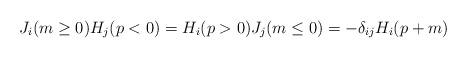
LaTeX: \begin{align*}J_i(m \ge 0) H_j(p<0) = H_i(p>0)J_j(m \le 0) = -\delta_{ij}H_i(p+m)\end{align*}